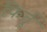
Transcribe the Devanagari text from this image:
फिर्तु